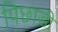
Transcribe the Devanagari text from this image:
पिछाडी